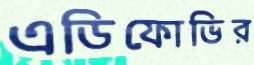
এডিফোভির